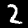
Label: 2